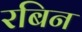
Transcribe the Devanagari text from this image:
रबिन